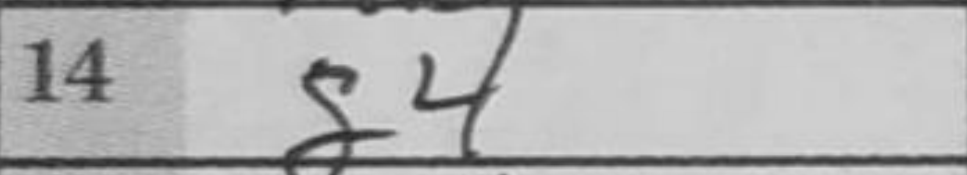
Transcription: g4